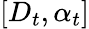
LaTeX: [D_{t},\alpha_{t}]